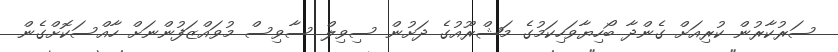
ސަރުކާރުން ކުރިއަށް ގެންދާ ބޯހިޔާވަހިކަމުގެ މަޝްރޫއުގެ ދަށުން ސިވިލް ސާވިސް މުވައްޒަފުންނަށް ހާއްސަކޮށްގެން